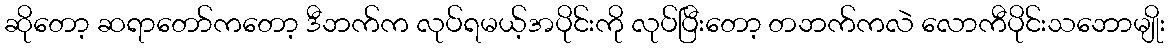
ဆိုတော့ ဆရာတော်ကတော့ ဒီဘက်က လုပ်ရမယ့်အပိုင်းကို လုပ်ပြီးတော့ တဘက်ကလဲ လောကီပိုင်းသဘောမျိုး